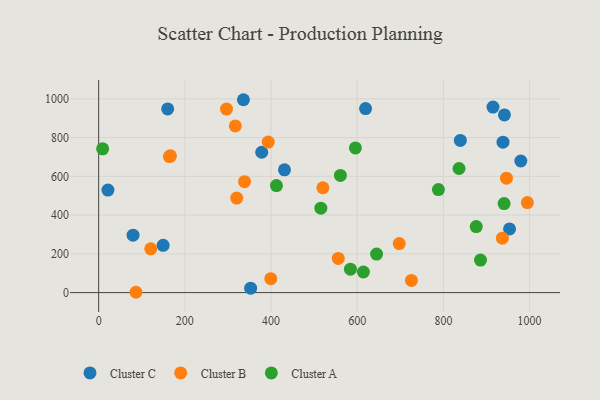
{"axis": {"x": "Study Hours", "y": "Profit"}, "legend": ["Cluster A", "Cluster B", "Cluster C"], "data": [{"x": "915.1", "y": 957.4, "type": "Cluster C"}, {"x": "160.2", "y": 947.8, "type": "Cluster C"}, {"x": "79.8", "y": 296.5, "type": "Cluster C"}, {"x": "619.4", "y": 949.5, "type": "Cluster C"}, {"x": "352.7", "y": 22.6, "type": "Cluster C"}, {"x": "21.5", "y": 529.1, "type": "Cluster C"}, {"x": "941.6", "y": 916.6, "type": "Cluster C"}, {"x": "953.5", "y": 328.7, "type": "Cluster C"}, {"x": "378.4", "y": 724.2, "type": "Cluster C"}, {"x": "431.2", "y": 633.3, "type": "Cluster C"}, {"x": "336.0", "y": 995.2, "type": "Cluster C"}, {"x": "149.6", "y": 243.7, "type": "Cluster C"}, {"x": "938.3", "y": 776.4, "type": "Cluster C"}, {"x": "839.3", "y": 785.4, "type": "Cluster C"}, {"x": "979.7", "y": 679.1, "type": "Cluster C"}, {"x": "725.8", "y": 62.7, "type": "Cluster B"}, {"x": "120.9", "y": 226.1, "type": "Cluster B"}, {"x": "556.0", "y": 176.4, "type": "Cluster B"}, {"x": "338.5", "y": 572.2, "type": "Cluster B"}, {"x": "936.9", "y": 281.0, "type": "Cluster B"}, {"x": "296.7", "y": 947.0, "type": "Cluster B"}, {"x": "994.9", "y": 464.5, "type": "Cluster B"}, {"x": "166.6", "y": 705.9, "type": "Cluster B"}, {"x": "86.6", "y": 1.7, "type": "Cluster B"}, {"x": "320.4", "y": 487.9, "type": "Cluster B"}, {"x": "520.4", "y": 541.0, "type": "Cluster B"}, {"x": "317.1", "y": 859.8, "type": "Cluster B"}, {"x": "697.6", "y": 253.2, "type": "Cluster B"}, {"x": "164.2", "y": 702.0, "type": "Cluster B"}, {"x": "399.5", "y": 72.0, "type": "Cluster B"}, {"x": "393.5", "y": 776.7, "type": "Cluster B"}, {"x": "946.4", "y": 590.4, "type": "Cluster B"}, {"x": "644.9", "y": 198.9, "type": "Cluster A"}, {"x": "940.9", "y": 459.4, "type": "Cluster A"}, {"x": "595.8", "y": 746.4, "type": "Cluster A"}, {"x": "9.2", "y": 742.1, "type": "Cluster A"}, {"x": "876.2", "y": 340.5, "type": "Cluster A"}, {"x": "614.4", "y": 106.2, "type": "Cluster A"}, {"x": "561.0", "y": 604.6, "type": "Cluster A"}, {"x": "886.1", "y": 167.8, "type": "Cluster A"}, {"x": "515.6", "y": 435.7, "type": "Cluster A"}, {"x": "412.6", "y": 552.2, "type": "Cluster A"}, {"x": "584.3", "y": 121.0, "type": "Cluster A"}, {"x": "836.3", "y": 640.4, "type": "Cluster A"}, {"x": "788.4", "y": 531.6, "type": "Cluster A"}]}